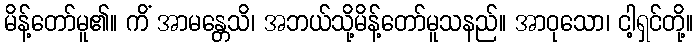
မိန့်တော်မူ၏။ ကိံ အာမန္တေသိ၊ အဘယ်သို့မိန့်တော်မူသနည်။ အာဝုသော၊ ငါ့ရှင်တို့။